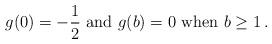
LaTeX: \begin{align*} g(0)=-\frac12 \mbox{ and } g(b)=0 \mbox{ when } b\geq 1\,.\end{align*}